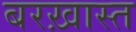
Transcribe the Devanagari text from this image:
बरख़ास्त